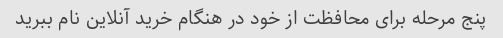
پنج مرحله برای محافظت از خود در هنگام خرید آنلاین نام ببرید